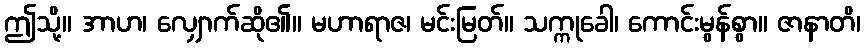
ဤသို့။ အာဟ၊ လျှောက်ဆို၏။ မဟာရာဇ၊ မင်းမြတ်။ သက္ကုခေါ၊ ကောင်းမွန်စွာ။ ဇာနာတိ၊